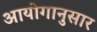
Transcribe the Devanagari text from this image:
आयोगानुसार